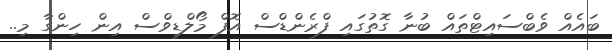
ބައެއް ވެބްސައިޓްތައް ބުނާ ގޮތުގައި ފްރެންޑްސް އޮފް މޯލްޑިވްސް އިން ހިންގާ މި..